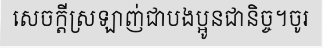
សេចក្តីស្រឡាញ់ជាបងប្អូនជានិច្ច។ចូរ